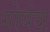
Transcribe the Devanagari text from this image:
गोयंदा